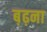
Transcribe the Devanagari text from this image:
ब़ढ़ना